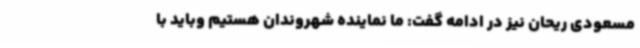
مسعودی ریحان نیز در ادامه گفت: ما نماینده شهروندان هستیم وباید با